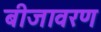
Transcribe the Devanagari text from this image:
बीजावरण